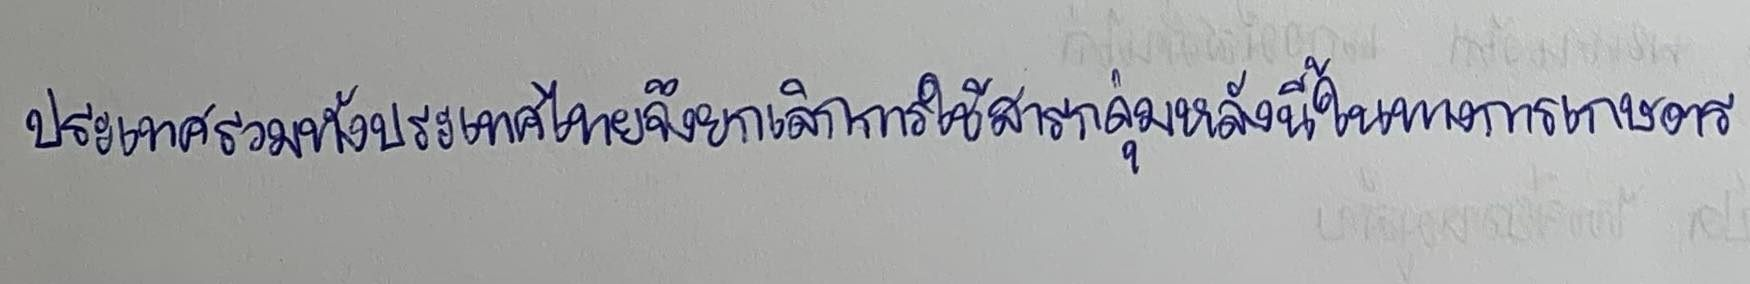
ประเทศรวมทั้งประเทศไทยจึงยกเลิกการใช้สารกลุ่มหลังนี้ในทางการเกษตร